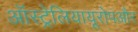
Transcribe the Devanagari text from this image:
ऑस्ट्रेलियायूरोपऔर